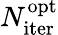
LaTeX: N_{\mathrm{iter}}^{\mathrm{opt}}